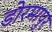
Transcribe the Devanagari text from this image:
डोरमापुर